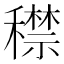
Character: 𥢻